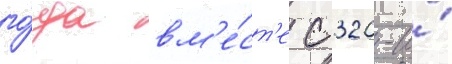
го́да вм'е́ст'е с 320-и́